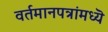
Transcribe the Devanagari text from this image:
वर्तमानपत्रांमध्यॆ